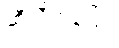
ဆီလီကွန်ဖြင့်